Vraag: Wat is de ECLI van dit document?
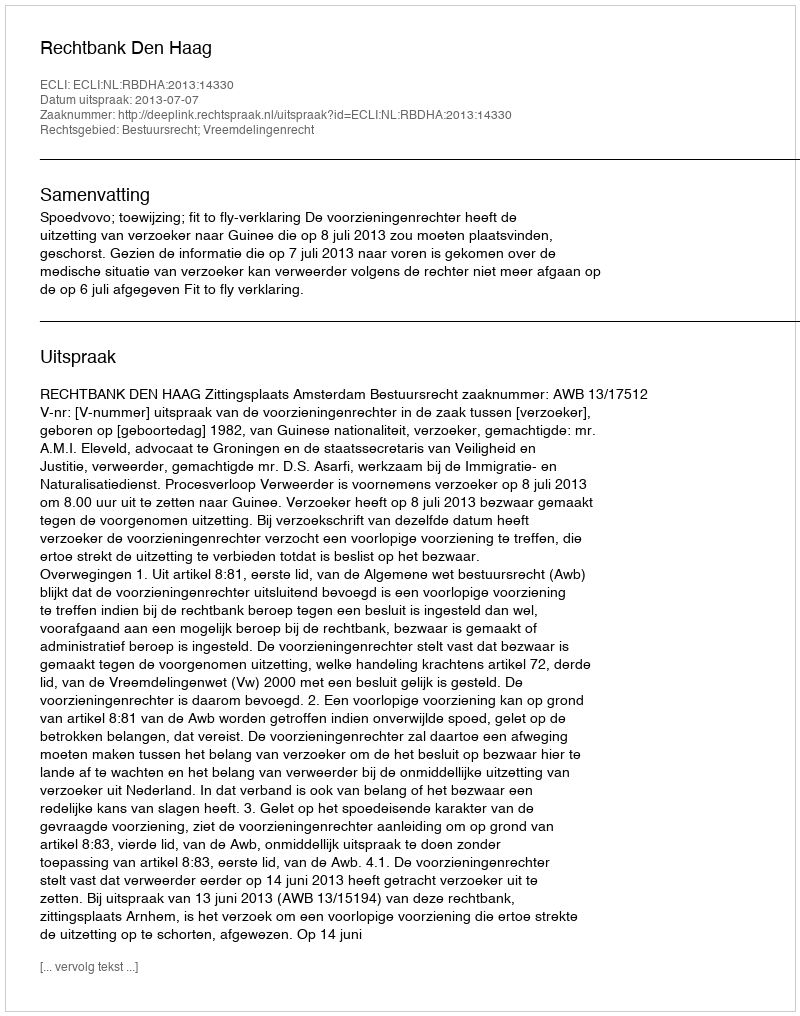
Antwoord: ECLI:NL:RBDHA:2013:14330